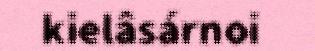
kielâsárnoi